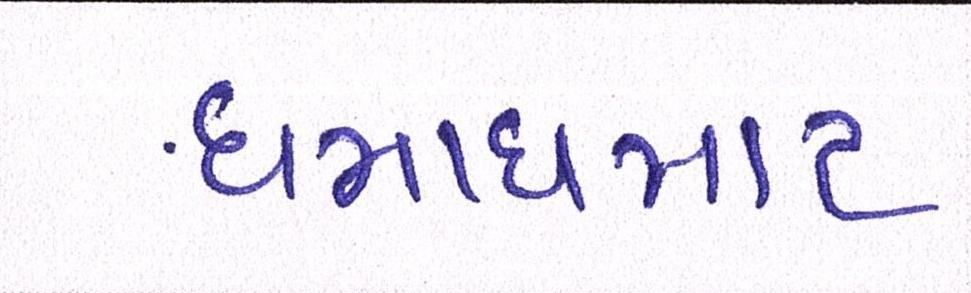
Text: ધમાધમાટ